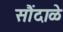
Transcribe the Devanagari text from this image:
सौंदाळे